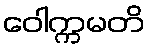
ဝေါက္ကမတိ